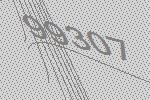
99307